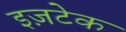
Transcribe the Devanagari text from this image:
इज़टेक